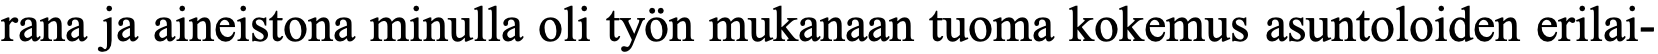
rana ja aineistona minulla oli työn mukanaan tuoma kokemus asuntoloiden erilai-